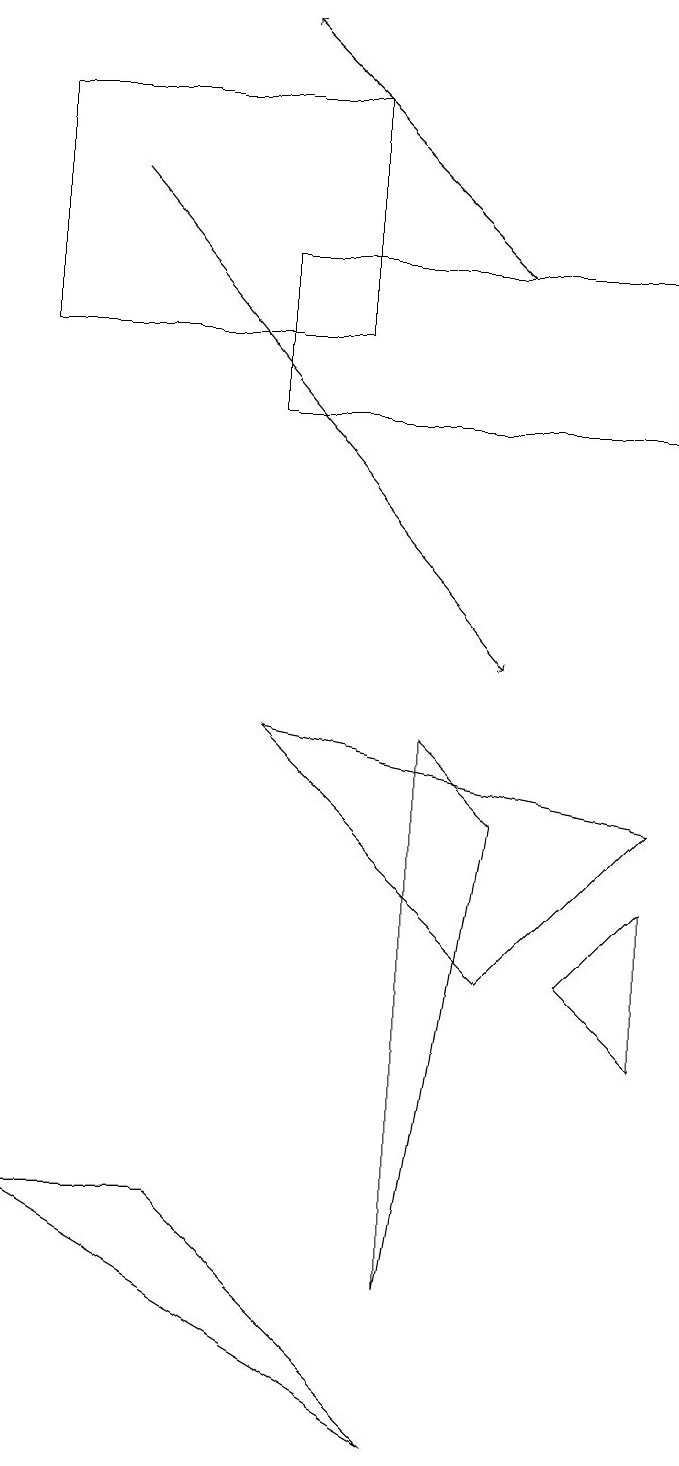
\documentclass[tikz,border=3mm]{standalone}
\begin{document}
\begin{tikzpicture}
\draw (2,3) -- (5,0) -- (0,3) -- cycle;
\draw[->] (1,16) -- (6,10);
\draw (6,6) -- (3,9) -- (8,8) -- cycle;
\draw (5,2) -- (6,8) -- (5,9) -- cycle;
\draw (4,17) rectangle (0,14);
\draw (7,6) -- (8,7) -- (8,5) -- cycle;
\draw (3,15) rectangle (8,13);
\draw[->] (6,15) -- (3,18);
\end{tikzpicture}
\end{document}